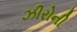
ઝીરોની